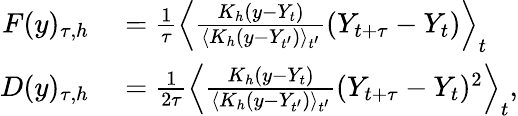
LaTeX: \begin{array}{rl}{F(y)_{\tau,h}}&{{}=\frac{1}{\tau}\left\langle\frac{K_{h}(y-Y_{t})}{\langle K_{h}(y-Y_{t^{\prime}})\rangle_{t^{\prime}}}(Y_{t+\tau}-Y_{t})\right\rangle_{t}}\\ {D(y)_{\tau,h}}&{{}=\frac{1}{2\tau}\left\langle\frac{K_{h}(y-Y_{t})}{\langle K_{h}(y-Y_{t^{\prime}})\rangle_{t^{\prime}}}(Y_{t+\tau}-Y_{t})^{2}\right\rangle_{t},}\end{array}